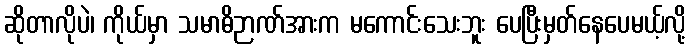
ဆိုတာလိုပဲ၊ ကိုယ်မှာ သမာဓိဉာဏ်အားက မကောင်းသေးဘူး ပေပြီးမှတ်နေပေမယ့်လို့